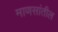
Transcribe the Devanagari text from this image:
माणसांतील